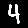
Digit: 4